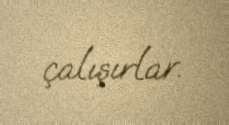
çalışırlar.